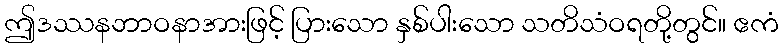
ဤဒဿနဘာဝနာအားဖြင့် ပြားသော နှစ်ပါးသော သတိသံဝရတို့တွင်။ ဧကံ